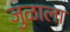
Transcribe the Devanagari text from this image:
जुळाला